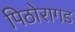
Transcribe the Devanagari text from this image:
पिठोरागड